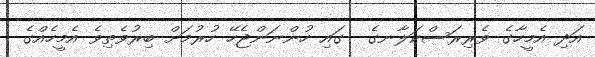
އަދި އެމީހާގެ ވެރިރަސްކަލާނގެ  ގައި ހުންނަންޖެހޭ ހުރުމަށް ބިރުވެތިވެ އެމީހެއްގެ